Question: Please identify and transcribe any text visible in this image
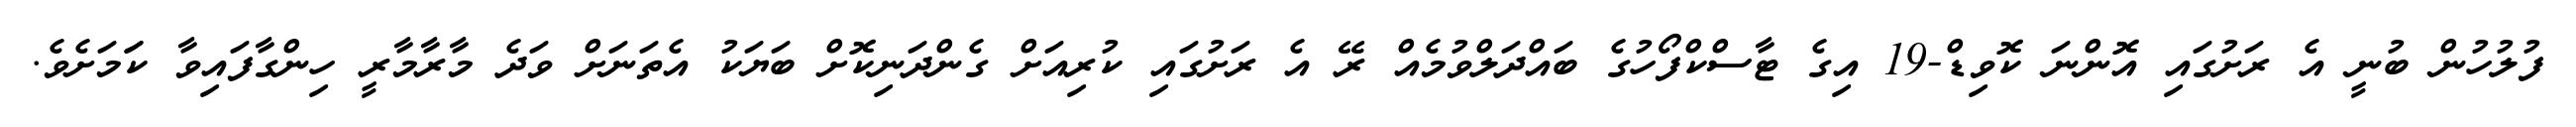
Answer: ފުލުހުން ބުނީ އެ ރަށުގައި އޮންނަ ކޮވިޑް-19 އިގެ ޓާސްކްފޯހުގެ ބައްދަލްވުމެއް ރޭ އެ ރަށުގައި ކުރިއަށް ގެންދަނިކޮށް ބަޔަކު އެތަނަށް ވަދެ މާރާމާރީ ހިންގާފައިވާ ކަަމަށެވެ.